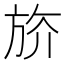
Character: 𣃭